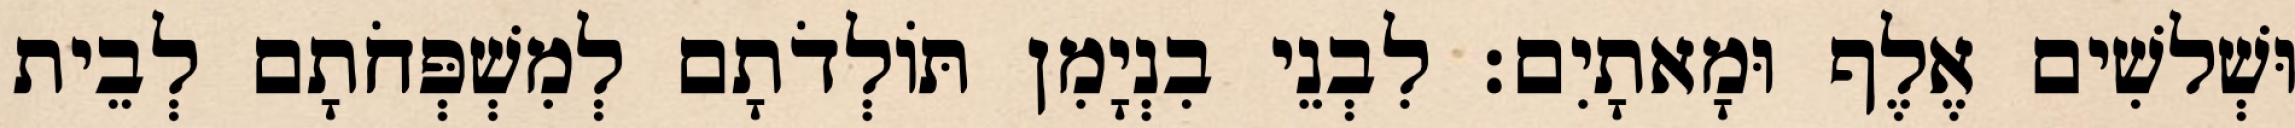
וּשְׁלשִׁים אֶלֶף וּמָאתָיִם׃ לִבְנֵי בִנְיָמִן תּוֹלְדֹתָם לְמִשְׁפְּחֹתָם לְבֵית